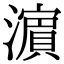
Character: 濵